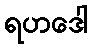
ရဟဒေါ